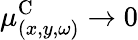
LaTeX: \mu_{(x,y,\omega)}^{\textrm{C}}\rightarrow 0